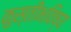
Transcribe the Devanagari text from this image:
कुस्तीभविष्य